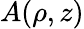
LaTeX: A(\rho,z)